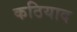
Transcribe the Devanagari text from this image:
कठियाद